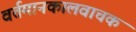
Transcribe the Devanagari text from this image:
वर्तमानकालवाचक